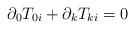
LaTeX: \begin{align*}\partial_0 T_{0i} + \partial_k T_{ki} = 0\end{align*}